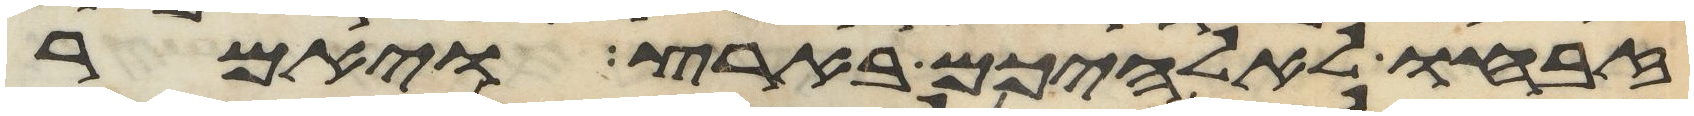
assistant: זבחו לאלהיכם בארץ ויאמר